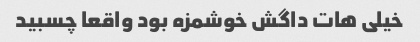
خیلی هات داگش خوشمزه بود واقعا چسبید